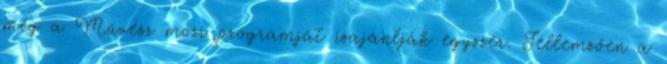
még a Művész mozi programját isajánlják egyszer. Jellemzően a